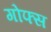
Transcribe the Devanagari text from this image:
गोफ्स